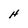
Character: H